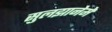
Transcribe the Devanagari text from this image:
सुलझानेमें